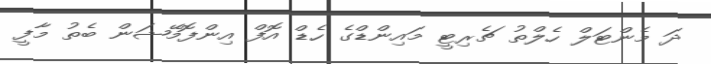
ދަ މެންޓަލް ހެލްތު ޗެރިޓީ މައިންޑްގެ ހެޑް އޮފް އިންފޮމޭޝަން ބެތު މާފީ